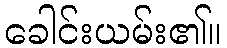
ခေါင်းယမ်း၏။